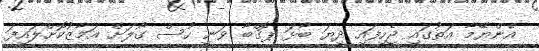
އެންޔޭމާ އަތުގައި ޖެހިފައި ދިޔަ ބޯޅަ ޕޮގްބާ ވަނީ ހުސް ގޯލަށް އަމާޒުކޮށްލައިފަ